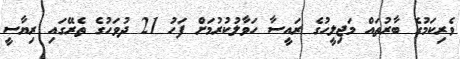
ވެރިކަމުގެ ބާރުތައް މަޖިލީހުގެ ރައީސާ ހަވާލުކުރުމަށް ފަހު 21 ދުވަހުގެ ތެރޭގައި ރިޔާސީ